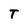
Character: T